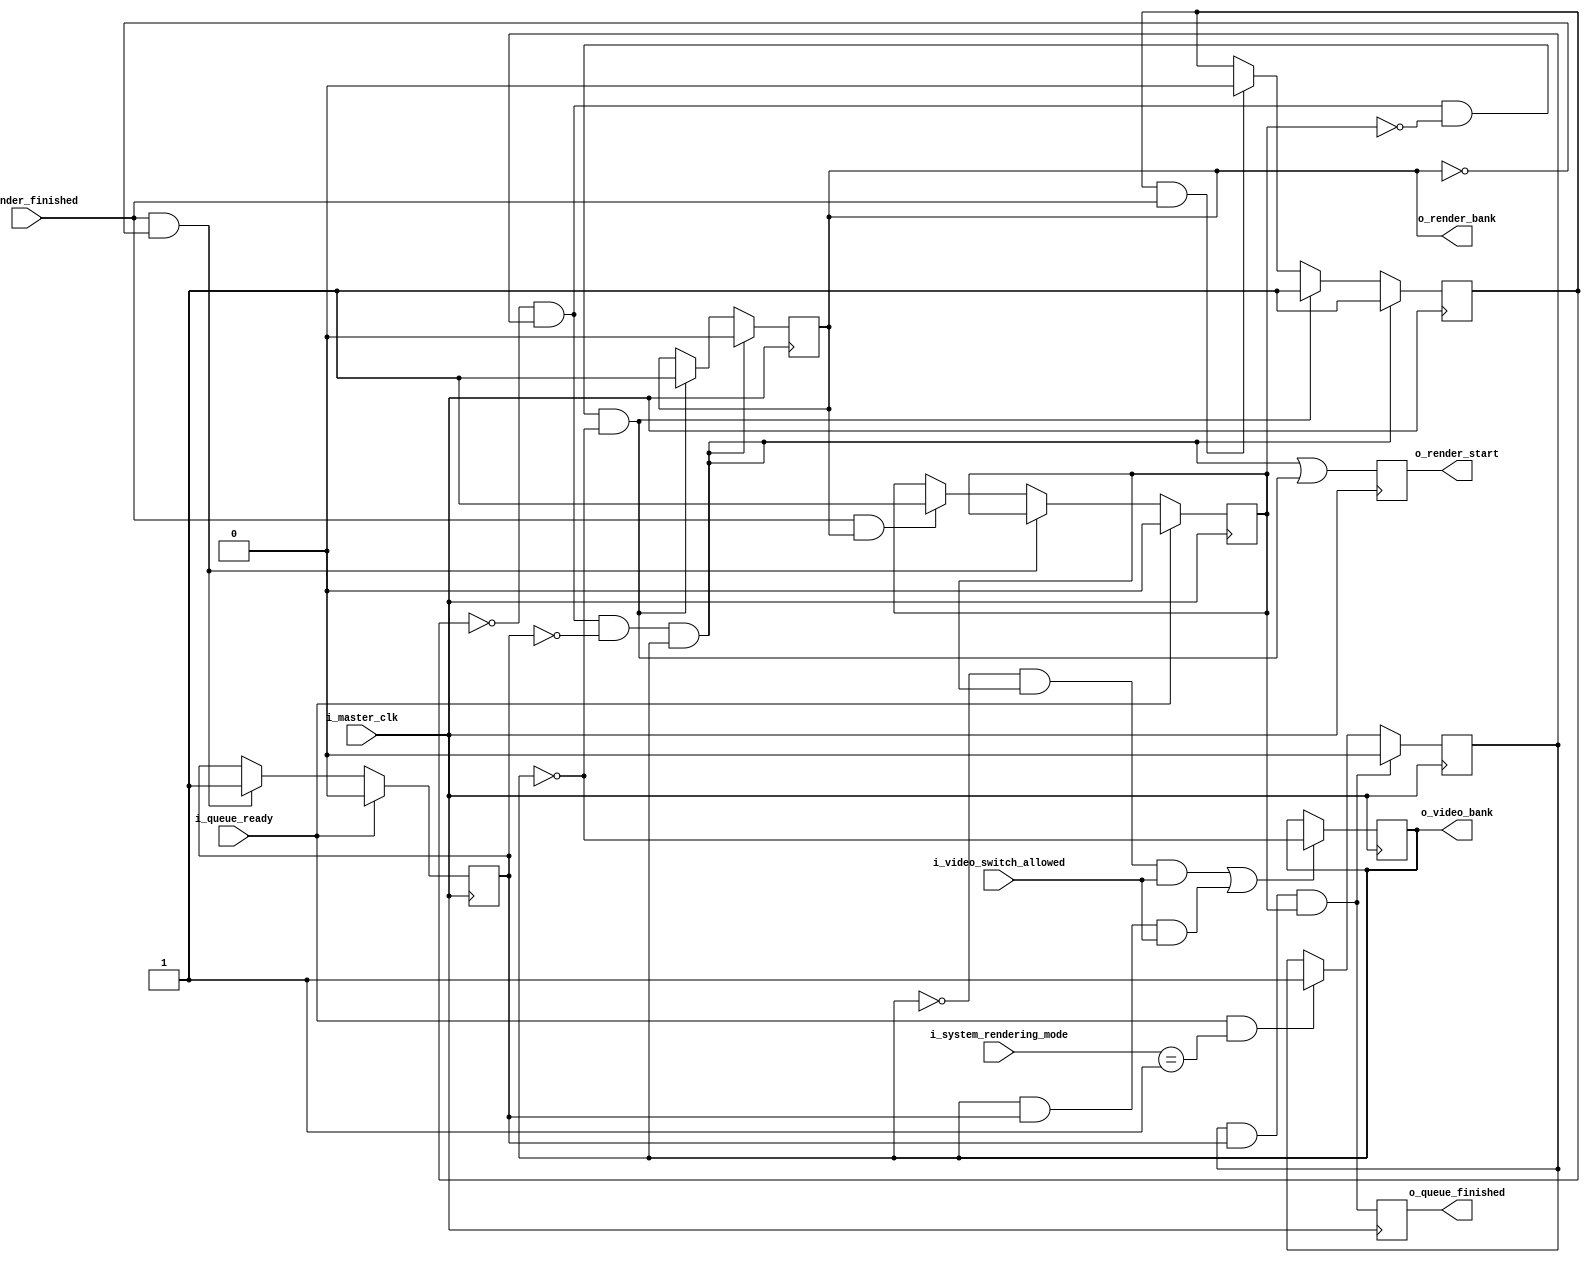
module BufferController (
        // clock
        i_master_clk,

        // SYSTEM CONTROLLER interface
        i_system_rendering_mode,

        // VIDEO CONTROLLER interface
        i_video_switch_allowed,
        o_video_bank,

        // RENDER CONTROLLER interface
        o_render_bank,
        o_render_start,
        i_render_finished,

        // MCU interface
        i_queue_ready,
        o_queue_finished

    );

    input       i_master_clk;

    input[1:0]  i_system_rendering_mode;

    input       i_video_switch_allowed;
    output      o_video_bank;

    output      o_render_bank;
    output      o_render_start;
    input       i_render_finished;

    input       i_queue_ready;
    output      o_queue_finished;

    // global enable signal
    wire w_enabled = (i_system_rendering_mode == 2'h1);

    // ***********************************************
    // **                                           **
    // **   QUEUE STATE                             **
    // **                                           **
    // ***********************************************

    // queue is filled (ready to be rendered)
    reg     r_queue_filled = 0;

    always @(posedge i_master_clk) begin

        if (i_queue_ready && w_enabled) begin
            r_queue_filled <= 1;
        end 

        if (r_queue_filled && r_buffer0_rendered && r_buffer1_rendered) begin
            r_queue_filled <= 0;
        end

    end

    reg     r_queue_rendered = 0;

    always @(posedge i_master_clk)
        r_queue_rendered <= (r_queue_filled && r_buffer0_rendered && r_buffer1_rendered);

    assign o_queue_finished = r_queue_rendered;


    // ***********************************************
    // **                                           **
    // **   RENDERING                               **
    // **                                           **
    // ***********************************************

    reg     r_render_bank = 0;
    reg     r_rendering_active = 0;

    // SIGNAL: Buffer #1 can be rendered
    wire    w_buffer1_can_render = !r_rendering_active && r_queue_filled && !r_buffer0_rendered && r_video_bank;

    // SIGNAL: Buffer #2 can be rendered
    wire    w_buffer2_can_render = !r_rendering_active && r_queue_filled && !r_buffer1_rendered && !r_video_bank;

    always @(posedge i_master_clk) begin

        // possible to render buffer #1?
        if (w_buffer1_can_render) begin
            r_rendering_active <= 1;
            r_render_bank <= 0;
        end else

        // possible to render buffer #2?
        if (w_buffer2_can_render) begin
            r_rendering_active <= 1;
            r_render_bank <= 1;
        end else 

        // rendering done?
        if (r_rendering_active && i_render_finished) begin
            r_rendering_active <= 0;
        end
        
    end

    assign o_render_bank = r_render_bank;

    // trigger rendering
    reg     r_render_start = 0;

    always @(posedge i_master_clk)
        r_render_start <= (w_buffer1_can_render || w_buffer2_can_render);

    assign o_render_start = r_render_start;


    // ***********************************************
    // **                                           **
    // **   VIDEO DISPLAY                           **
    // **                                           **
    // ***********************************************

    // current buffer displayed
    reg     r_video_bank = 0;

    // SIGNAL: can switch video banks?
    wire    w_can_switch = ((r_video_bank==0) && r_buffer1_rendered && i_video_switch_allowed) || ((r_video_bank==1) && r_buffer0_rendered && i_video_switch_allowed);

    always @(posedge i_master_clk) begin
        if (w_can_switch) begin
            r_video_bank = !r_video_bank;
        end
    end

    assign o_video_bank = r_video_bank;

    // ***********************************************
    // **                                           **
    // **   BUFFER STATE                            **
    // **                                           **
    // ***********************************************

    reg     r_buffer0_rendered = 0;
    reg     r_buffer1_rendered = 0;

    always @(posedge i_master_clk) begin

        // new queue?
        if (i_queue_ready) begin
            r_buffer0_rendered <= 1'b0;
            r_buffer1_rendered <= 1'b0;
        end else

        // buffer #1 rendered?
        if (i_render_finished && (r_render_bank==0)) begin
            r_buffer0_rendered <= 1'b1;
        end else

        // buffer #2 rendered?
        if (i_render_finished && (r_render_bank==1)) begin
            r_buffer1_rendered <= 1'b1;
        end

    end


endmodule